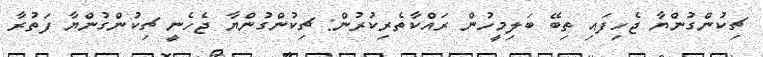
ޗިކުންގުންޔާ ޖެހިފައި ތިބޭ ބަލިމީހުން ރައްކާތެރިކުރުން: ޗިކުންގުންޔާ ޖެހެނީ ޗިކުންގުންޔާ ފަތުރާ